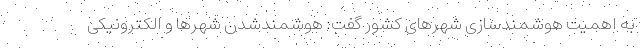
به اهمیت هوشمندسازی شهرهای کشور گفت: هوشمندشدن شهرها و الکترونیکی